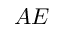
A E